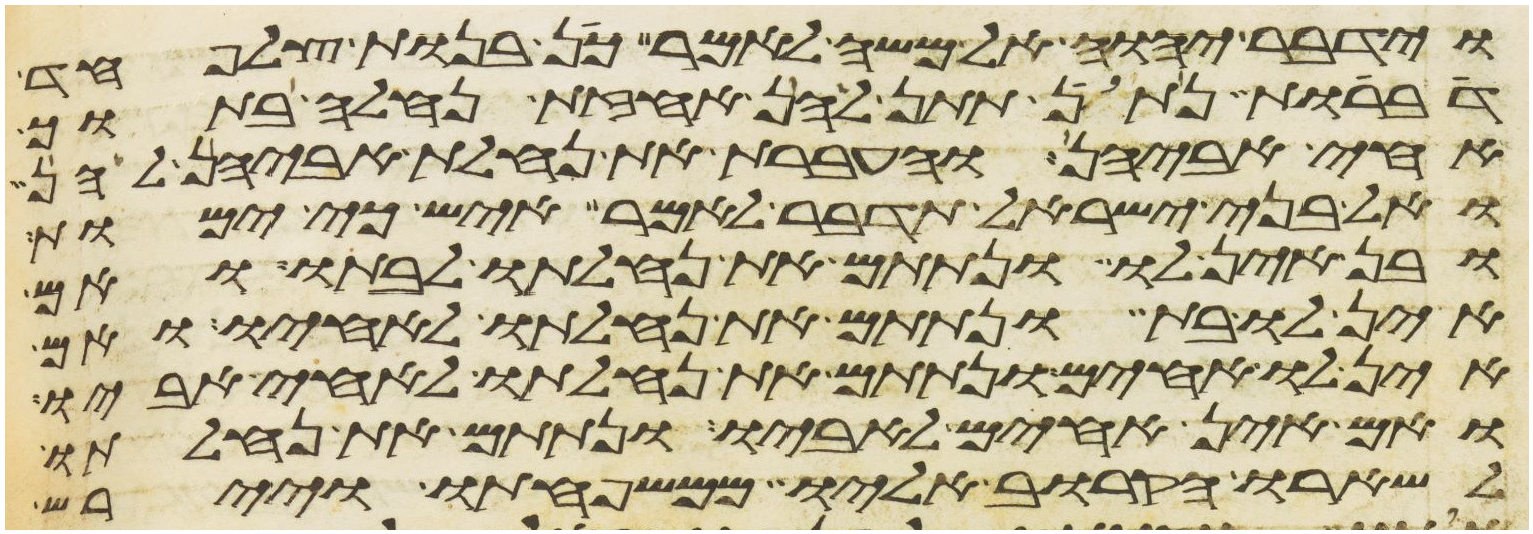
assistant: וידבר יהוה אל משה לאמר כן בנות צלפחד
דברות נתן תתן להן אחזת נחלה בתוך
אחי אביהן והעברת את נחלת אביהן להן
ואל בני ישראל תדבר לאמר איש כי ימות
ובן אין לו ונתתם את נחלתו לבתו ואם
אין לו בת ונתתם את נחלתו לאחיו ואם
אין לו אחים ונתתם את נחלתו לאחי אביו
ואם אין אחים לאביו ונתתם את נחלתו
לשארו הקרוב אליו ממשפחתו ויירש